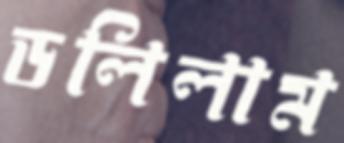
ডলিলাম